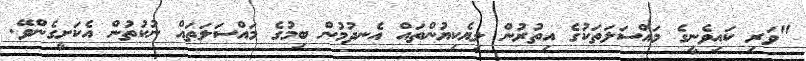
"ވަރި ކައިވެނީގެ މައްސަލަތަކުގެ އިތުރުން ލިޔެކިޔުންތައް އެނދުމުން ބިމުގެ މައްސަލަތައް ނުކުތުން އެކަށީގެންވޭ.